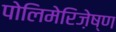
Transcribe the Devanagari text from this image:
पोलिमेरिज़ेष्ण